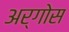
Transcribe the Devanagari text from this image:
अर्गोस